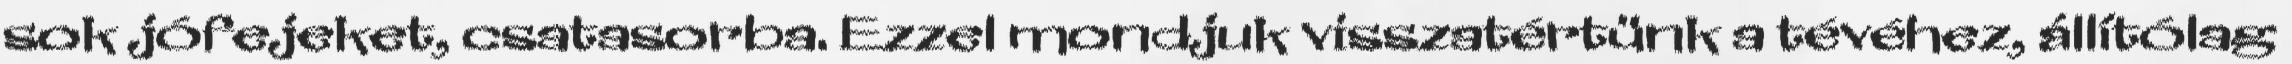
sok jófejeket, csatasorba. Ezzel mondjuk visszatértünk a tévéhez, állítólag